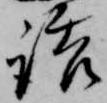
誥